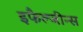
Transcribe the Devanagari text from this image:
इफैल्जीन्स